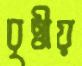
বৃত্তীয়